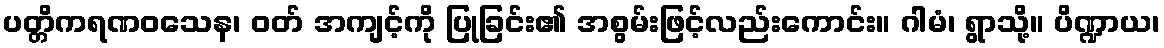
ပတ္တိကရဏဝသေန၊ ဝတ် အကျင့်ကို ပြုခြင်း၏ အစွမ်းဖြင့်လည်းကောင်း။ ဂါမံ၊ ရွာသို့။ ပိဏ္ဍာယ၊